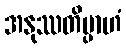
အနုဿတိမ္ပာဟံ